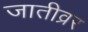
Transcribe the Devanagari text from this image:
जातीव्रर